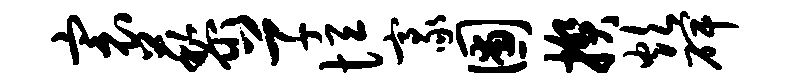
寰藜草恒豪圃揆炊碑